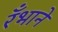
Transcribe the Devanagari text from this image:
रँभाने